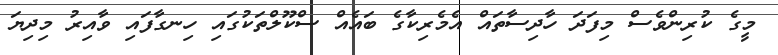
މީގެ ކުރިންވެސް މިފަދަ ހާދިސާތައް އެމެރިކާގެ ބައެއް ސްކޫލްތަކުގައި ހިނގާފައި ވާއިރު މިދިޔަ